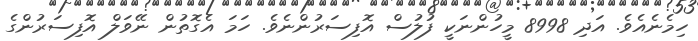
ހިމެނެއެވެ. އަދި 8998 މީހުންނަކީ ފުލުސް އޮފިސަރުންނެވެ. ހަމަ އެގޮތުން ނޭވަލް އޮފިސަރުންގެ